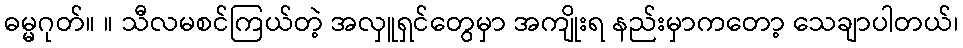
ဓမ္မဂုတ်။ ။ သီလမစင်ကြယ်တဲ့ အလှူရှင်တွေမှာ အကျိုးရ နည်းမှာကတော့ သေချာပါတယ်၊